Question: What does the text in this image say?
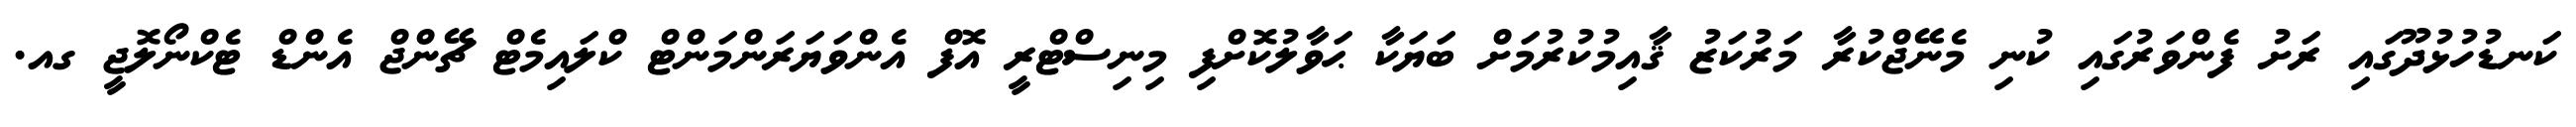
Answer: ކަނޑުހުޅުދޫގައި ރަށު ފެންވަރުގައި ކުނި މެނޭޖްކުރާ މަރުކަޒު ޤާއިމުކުރުމަށް ބަޔަކާ ޙަވާލުކޮށްފި މިނިސްޓްރީ އޮފް އެންވަޔަރަންމަންޓް ކްލައިމެޓް ޗޭންޖް އެންޑް ޓެކްނޯލޮޖީ ގއ.